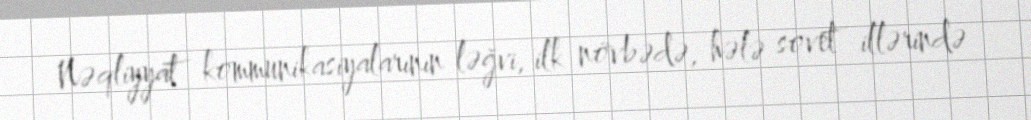
Nəqliyyat kommunikasiyalarının ləğvi, ilk növbədə, hələ sovet illərində